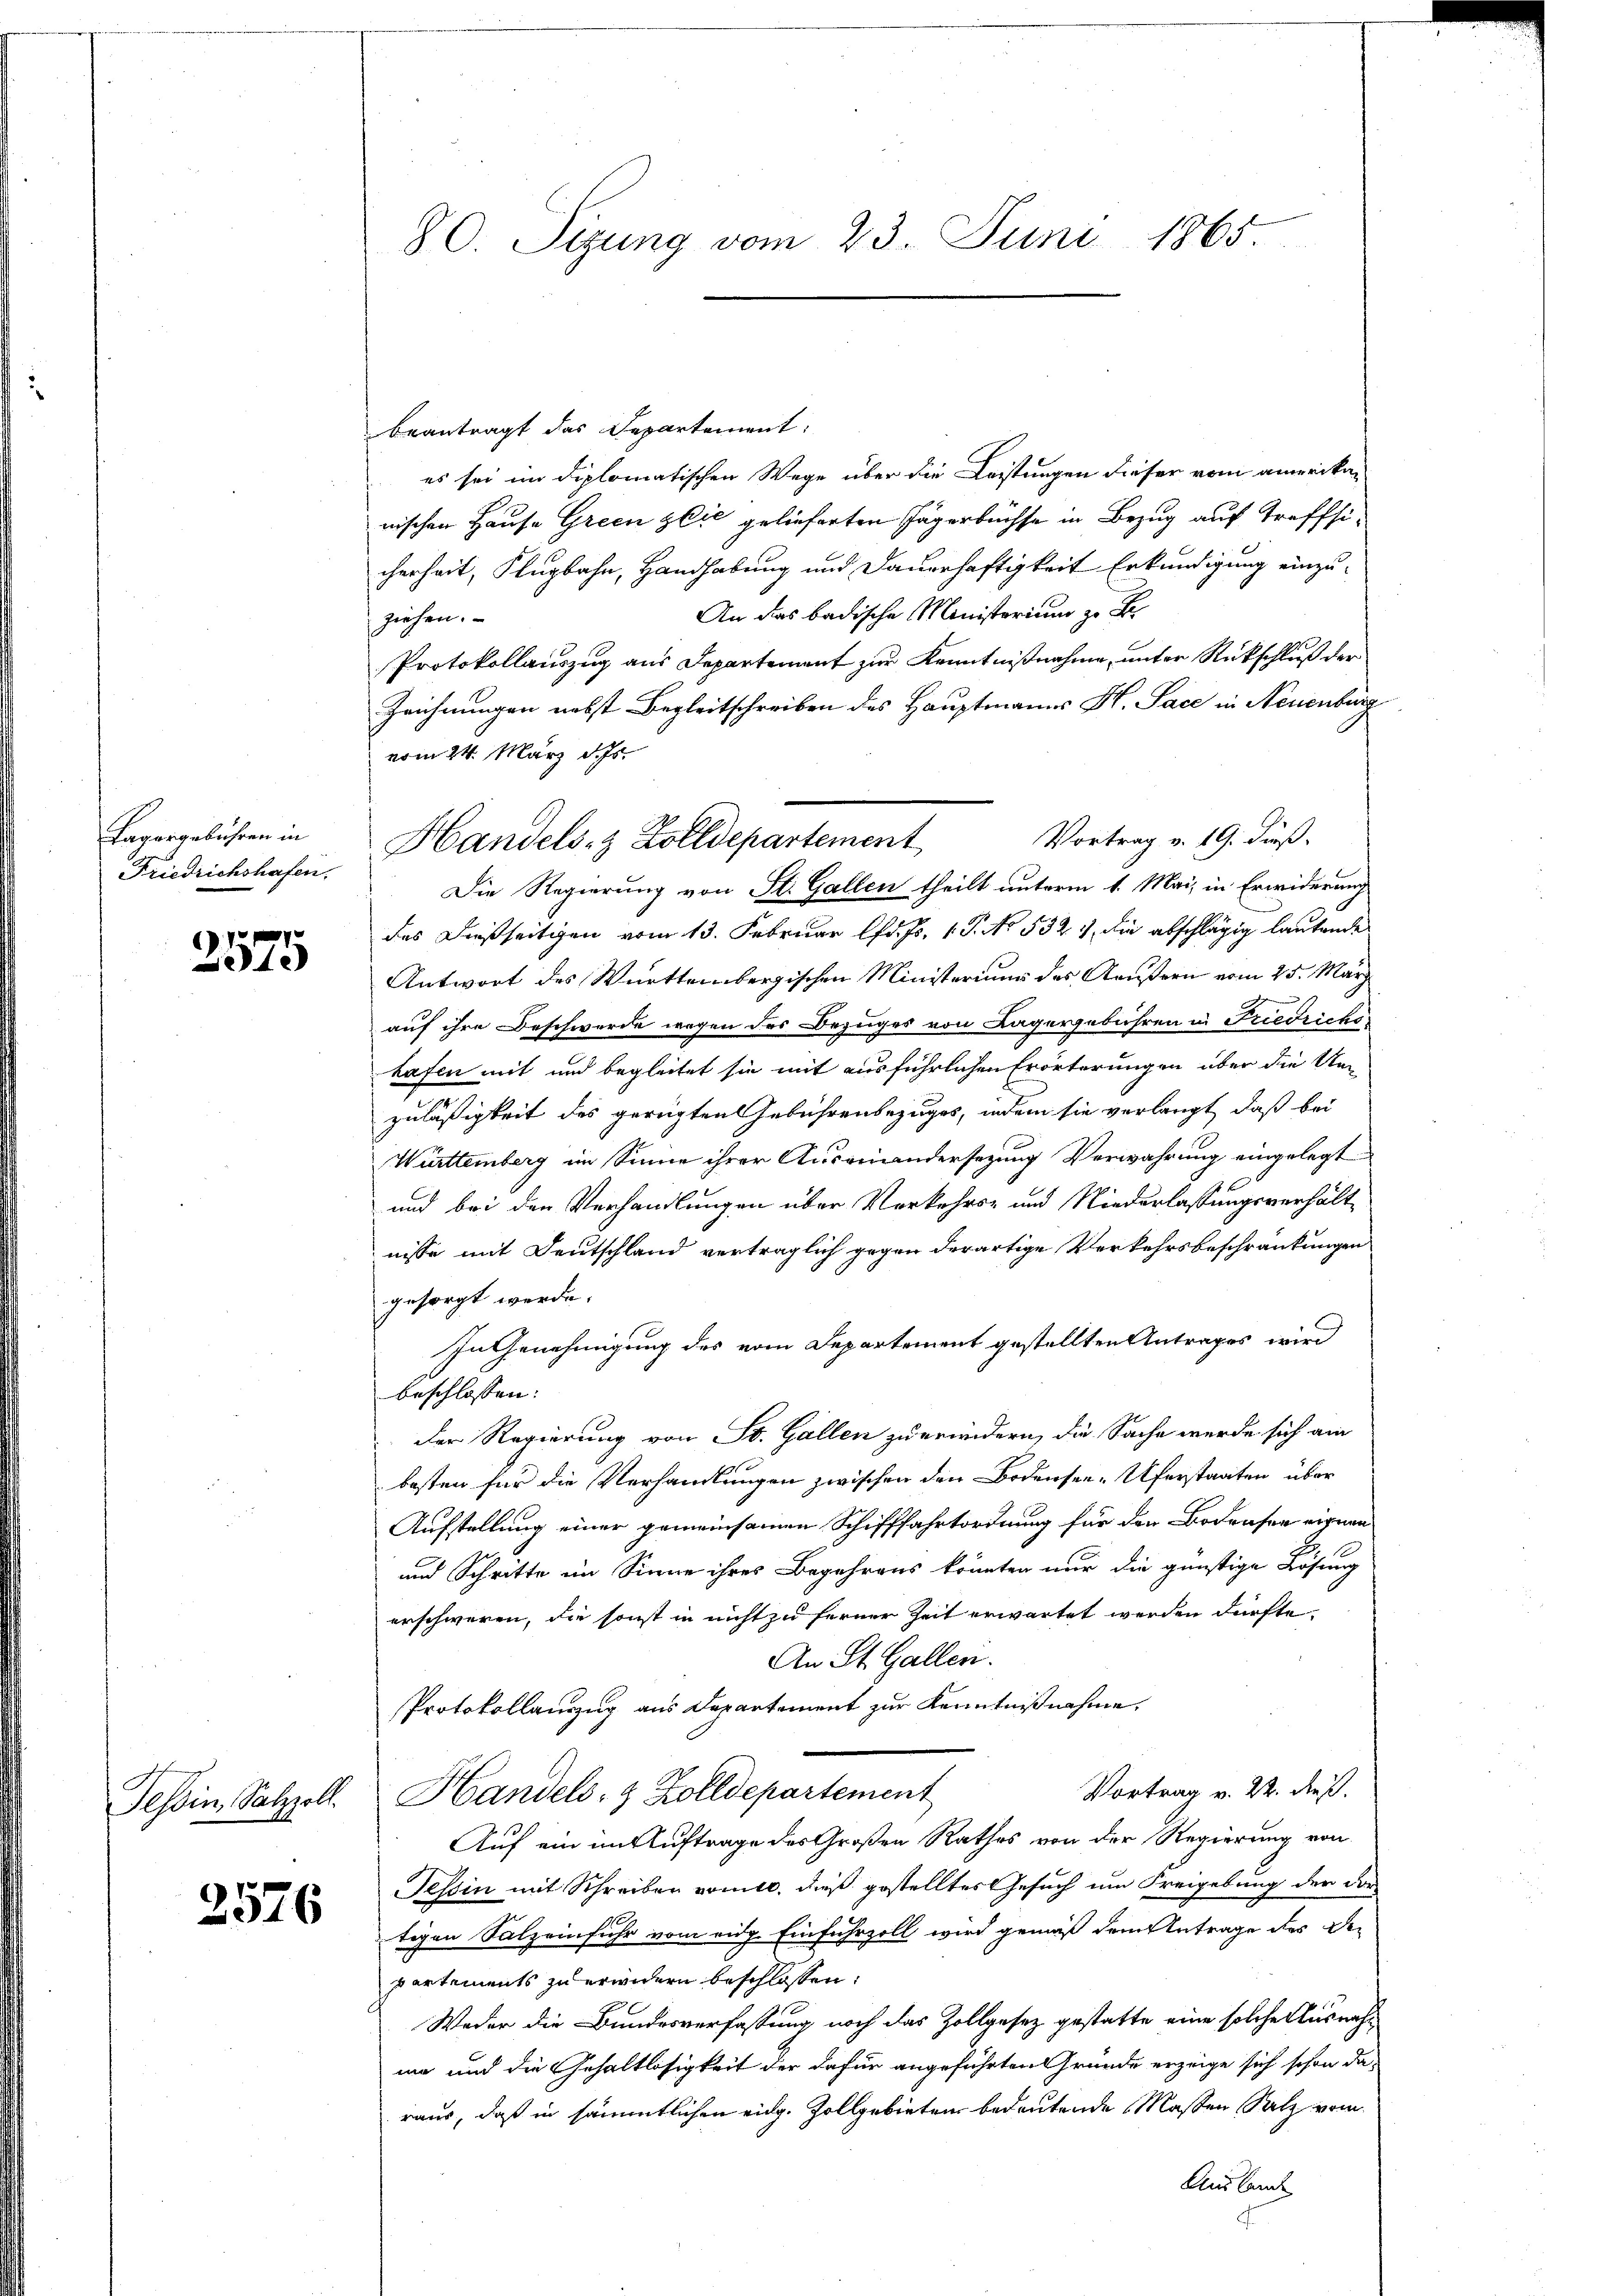
Lagergebühren in
Friedrichshafen.

1
Sete

2576

beantragt das Departement:
es sei im diplomatischen Wege über die Leistungen dieser vom amerikanischen Hause Green sie gelieferten Jägerbüchse in Bezug auf treffsicherheit, Flugbahn, Handhabung und Dauerhaftigkeit Erkundigung einzu¬
An das badische Ministerium zu Fr
ziehen.
Protokollauszug aus Departement zur Kenntnißnahme, unter Rückschluß der
Zeichnungen nebst Begleitschreiben des Hauptmanns H. Pace in Neuenburg
vom 24. März d. Js.
Vortrag v. 19. dieß.
Die Regierung von St. Gallen theilt unterm 1. Mai, in Erwiderung
des dießseitigen vom 13. Februar lfd. f. 1 P. NNo. 532 die abschlägig lautende
Antwort des Württembergischen Ministerium des Aeußern vom 25. März
auf ihre Beschwerde wegen des Bezuges von Lagergebühren in Friedrichshafen mit und begleitet sie mit ausführlichen Erörterungen über die Um-
zuläßigkeit des gerügten Gebührenbezuges, indem sie verlangt, daß bei
Württemberg im Sinne ihrer Ausreinandersezung Verwahrung eingelegt
und bei den Verhandlungen über Verkehrs- und Niederlassungsverhält
nisse mit Deutschland verträglich gegen derartige Verkehrsbeschränkungen
gesorgt werde.
In Genehmigung des vom Departement gestellten Antrages wird
beschlossen:
Der Regierung von St. Gallen zu erindern, die Sache werde sich am
bosten für die Verhandlungen zwischen den Bodensee- Uferstaaten über
Aufstellung einer gemeinsamen Schifffahrtordnung für den Bodraser eignen
und Schritte im Sinne ihres Begehrens könnten nur die günstige Lösung
erschweren, die sonst in nicht zu ferner Zeit erwartet werden dürfte.
An St. Gallen.
Protokollanzug aus Departement zur Kenntnißnahme,
Vortrag v. 22. dieß.
Tessin, Salzzoll. Handels- & Zolldepartement
Auf ein im Auftrage des Großen Rathes von der Regierung von
Tessin mit Schreiben womite, dieß gestelltes Gesuch um Freigebung der der
tigen Salzeinfuhr vom eidg. Einfuhrzoll wird gemäß dem Antrage des De-
partements zu erwidern beschlossen:
Weder die Bundesverfassung noch das Zollgesez gestatte eine solche Ausnahme und die Gehaltlosigkeit der dafür angeführten Gründe erzeige sich schon da-
raus, daß in sämmtlichen eidg. Zollgebieten bedeutende Maßen Salz vom
Ausland

80. Sizung vom 23. Juni 1865.

Handels- & Zolldepartement